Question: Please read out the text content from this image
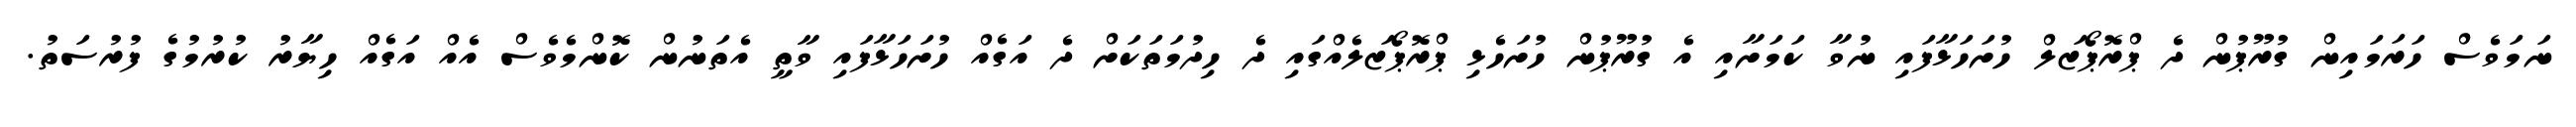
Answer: ނަމަވެސް ހަރަމައިން ގުރޫޕުން ދެ ޕްރޮޕޯޒަލް ހުށަހަޅާފައި ނުވާ ކަމަށާއި އެ ގުރޫޕުން ހުށަހެޅި ޕްރޮޕޯޒަލެއްގައި ދެ ހިދުމަތަކަށް ދެ އަގެއް ހުށަހަޅާފައި ވާތީ އެތަނުން ކޮންމެވެސް އެއް އަގެއް ހިޔާރު ކުރުމުގެ ފުރުސަތު.